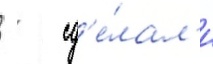
   сд'е́лал'и